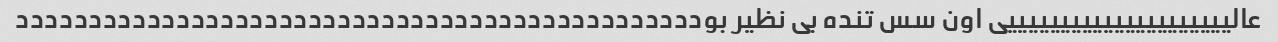
عالیییییییییییییییییییییی اون سس تنده بی نظیر بوددددددددددددددددددددددددددددددددددددددددددددددد